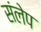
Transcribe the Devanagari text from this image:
संलेप